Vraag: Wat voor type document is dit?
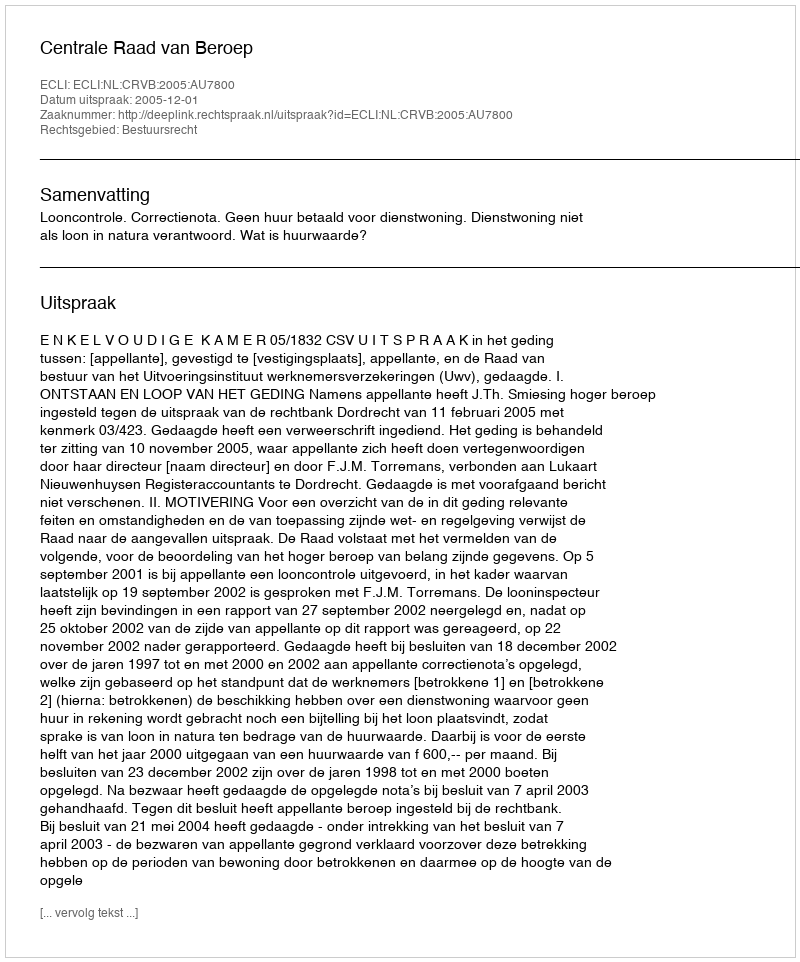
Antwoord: Uitspraak